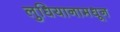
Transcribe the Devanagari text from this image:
लुधियानामधून